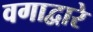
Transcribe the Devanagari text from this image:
वगाद्वारे